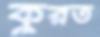
কুরত